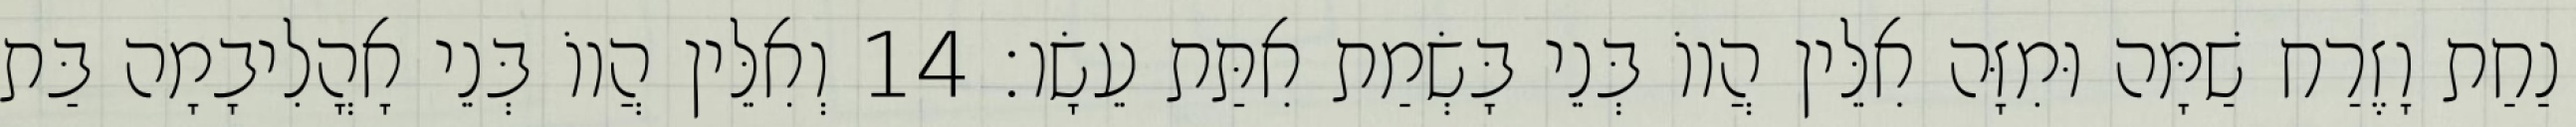
נַחַת וָזֶרַח שַׁמָּה וּמִזָּה אִלֵּין הֲווֹ בְּנֵי בָּשְׂמַת אִתַּת עֵשָׂו׃ 14 וְאִלֵּין הֲווֹ בְּנֵי אָהֳלִיבָמָה בַּת